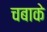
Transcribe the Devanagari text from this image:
चबाके